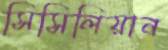
সিসিলিয়ান